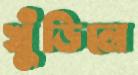
খুঁড়িলে